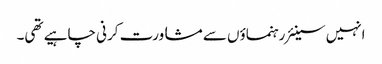
انہیں سینئر رہنماؤں سے مشاورت کرنی چاہیے تھی۔